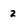
Character: 2